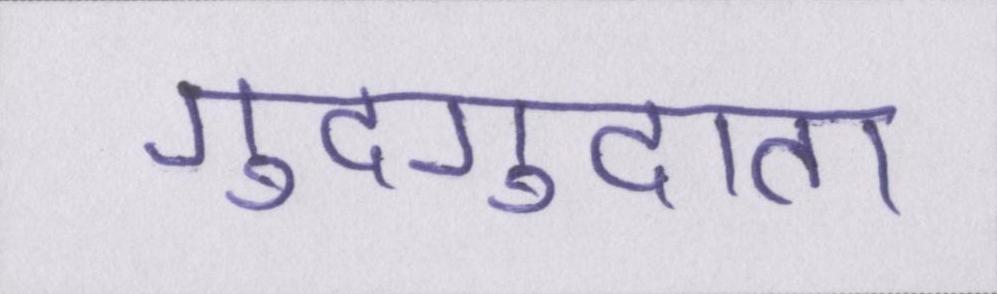
गुदगुदाता